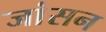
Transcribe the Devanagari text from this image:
जांसन